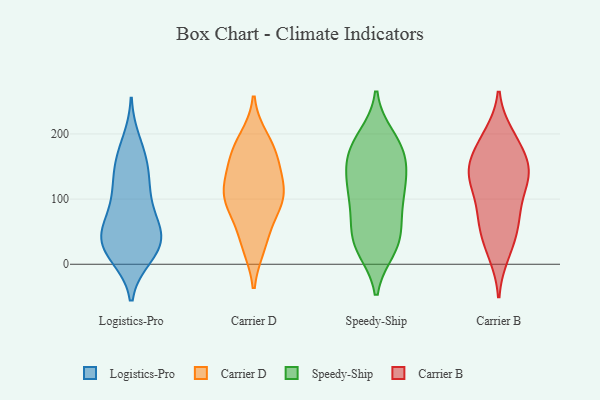
{"axis": {"x": "Churn Rate (%)", "y": "Value"}, "legend": ["Carrier B", "Carrier D", "Logistics-Pro", "Speedy-Ship"], "data": [{"x": "", "y": 117, "type": "Logistics-Pro"}, {"x": "", "y": 111, "type": "Logistics-Pro"}, {"x": "", "y": 13, "type": "Logistics-Pro"}, {"x": "", "y": 153, "type": "Logistics-Pro"}, {"x": "", "y": 59, "type": "Logistics-Pro"}, {"x": "", "y": 166, "type": "Logistics-Pro"}, {"x": "", "y": 17, "type": "Logistics-Pro"}, {"x": "", "y": 100, "type": "Logistics-Pro"}, {"x": "", "y": 70, "type": "Logistics-Pro"}, {"x": "", "y": 187, "type": "Logistics-Pro"}, {"x": "", "y": 34, "type": "Logistics-Pro"}, {"x": "", "y": 50, "type": "Logistics-Pro"}, {"x": "", "y": 26, "type": "Logistics-Pro"}, {"x": "", "y": 44, "type": "Logistics-Pro"}, {"x": "", "y": 47, "type": "Logistics-Pro"}, {"x": "", "y": 145, "type": "Logistics-Pro"}, {"x": "", "y": 21, "type": "Logistics-Pro"}, {"x": "", "y": 74, "type": "Carrier D"}, {"x": "", "y": 100, "type": "Carrier D"}, {"x": "", "y": 33, "type": "Carrier D"}, {"x": "", "y": 178, "type": "Carrier D"}, {"x": "", "y": 93, "type": "Carrier D"}, {"x": "", "y": 101, "type": "Carrier D"}, {"x": "", "y": 169, "type": "Carrier D"}, {"x": "", "y": 114, "type": "Carrier D"}, {"x": "", "y": 29, "type": "Carrier D"}, {"x": "", "y": 118, "type": "Carrier D"}, {"x": "", "y": 136, "type": "Carrier D"}, {"x": "", "y": 161, "type": "Carrier D"}, {"x": "", "y": 192, "type": "Carrier D"}, {"x": "", "y": 113, "type": "Speedy-Ship"}, {"x": "", "y": 28, "type": "Speedy-Ship"}, {"x": "", "y": 35, "type": "Speedy-Ship"}, {"x": "", "y": 46, "type": "Speedy-Ship"}, {"x": "", "y": 68, "type": "Speedy-Ship"}, {"x": "", "y": 170, "type": "Speedy-Ship"}, {"x": "", "y": 120, "type": "Speedy-Ship"}, {"x": "", "y": 23, "type": "Speedy-Ship"}, {"x": "", "y": 101, "type": "Speedy-Ship"}, {"x": "", "y": 190, "type": "Speedy-Ship"}, {"x": "", "y": 155, "type": "Speedy-Ship"}, {"x": "", "y": 183, "type": "Speedy-Ship"}, {"x": "", "y": 76, "type": "Speedy-Ship"}, {"x": "", "y": 169, "type": "Speedy-Ship"}, {"x": "", "y": 142, "type": "Speedy-Ship"}, {"x": "", "y": 104, "type": "Speedy-Ship"}, {"x": "", "y": 28, "type": "Speedy-Ship"}, {"x": "", "y": 195, "type": "Speedy-Ship"}, {"x": "", "y": 139, "type": "Speedy-Ship"}, {"x": "", "y": 63, "type": "Carrier B"}, {"x": "", "y": 135, "type": "Carrier B"}, {"x": "", "y": 145, "type": "Carrier B"}, {"x": "", "y": 142, "type": "Carrier B"}, {"x": "", "y": 137, "type": "Carrier B"}, {"x": "", "y": 163, "type": "Carrier B"}, {"x": "", "y": 15, "type": "Carrier B"}, {"x": "", "y": 66, "type": "Carrier B"}, {"x": "", "y": 51, "type": "Carrier B"}, {"x": "", "y": 105, "type": "Carrier B"}, {"x": "", "y": 57, "type": "Carrier B"}, {"x": "", "y": 192, "type": "Carrier B"}, {"x": "", "y": 20, "type": "Carrier B"}, {"x": "", "y": 110, "type": "Carrier B"}, {"x": "", "y": 199, "type": "Carrier B"}, {"x": "", "y": 149, "type": "Carrier B"}, {"x": "", "y": 90, "type": "Carrier B"}, {"x": "", "y": 135, "type": "Carrier B"}, {"x": "", "y": 166, "type": "Carrier B"}, {"x": "", "y": 195, "type": "Carrier B"}]}